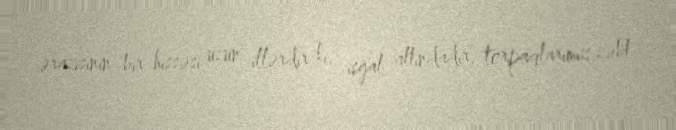
ərazisinin bir hissəsi uzun illərdir ki, işğal altındadır, torpaqlarımız zəbt